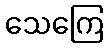
သေကြေ